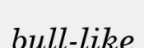
bull-like